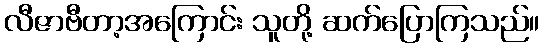
လီဇာဗီတာ့အကြောင်း သူတို့ ဆက်ပြောကြသည်။